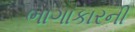
ભાગાકારની